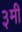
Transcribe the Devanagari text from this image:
३मी